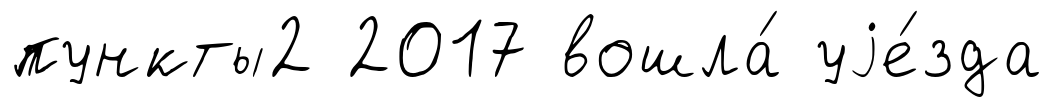
пункты2 2017 вошла́ уjе́зда